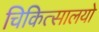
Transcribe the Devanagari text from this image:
चिकित्सालयो